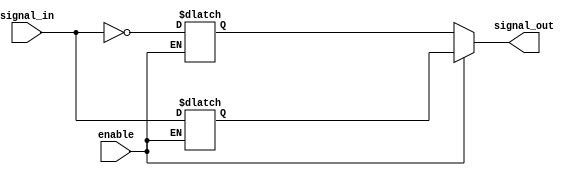
module push_pull_buffer (
    input wire signal_in,
    output reg signal_out,
    input wire enable
);

reg signal_high;
reg signal_low;

always @ (signal_in, enable) begin
    if (enable) begin
        signal_high <= signal_in;
        signal_low <= ~signal_in;
    end
end

assign signal_out = enable ? signal_high : signal_low;

endmodule